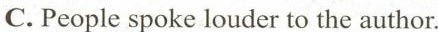
C.People spoke louder to the author.